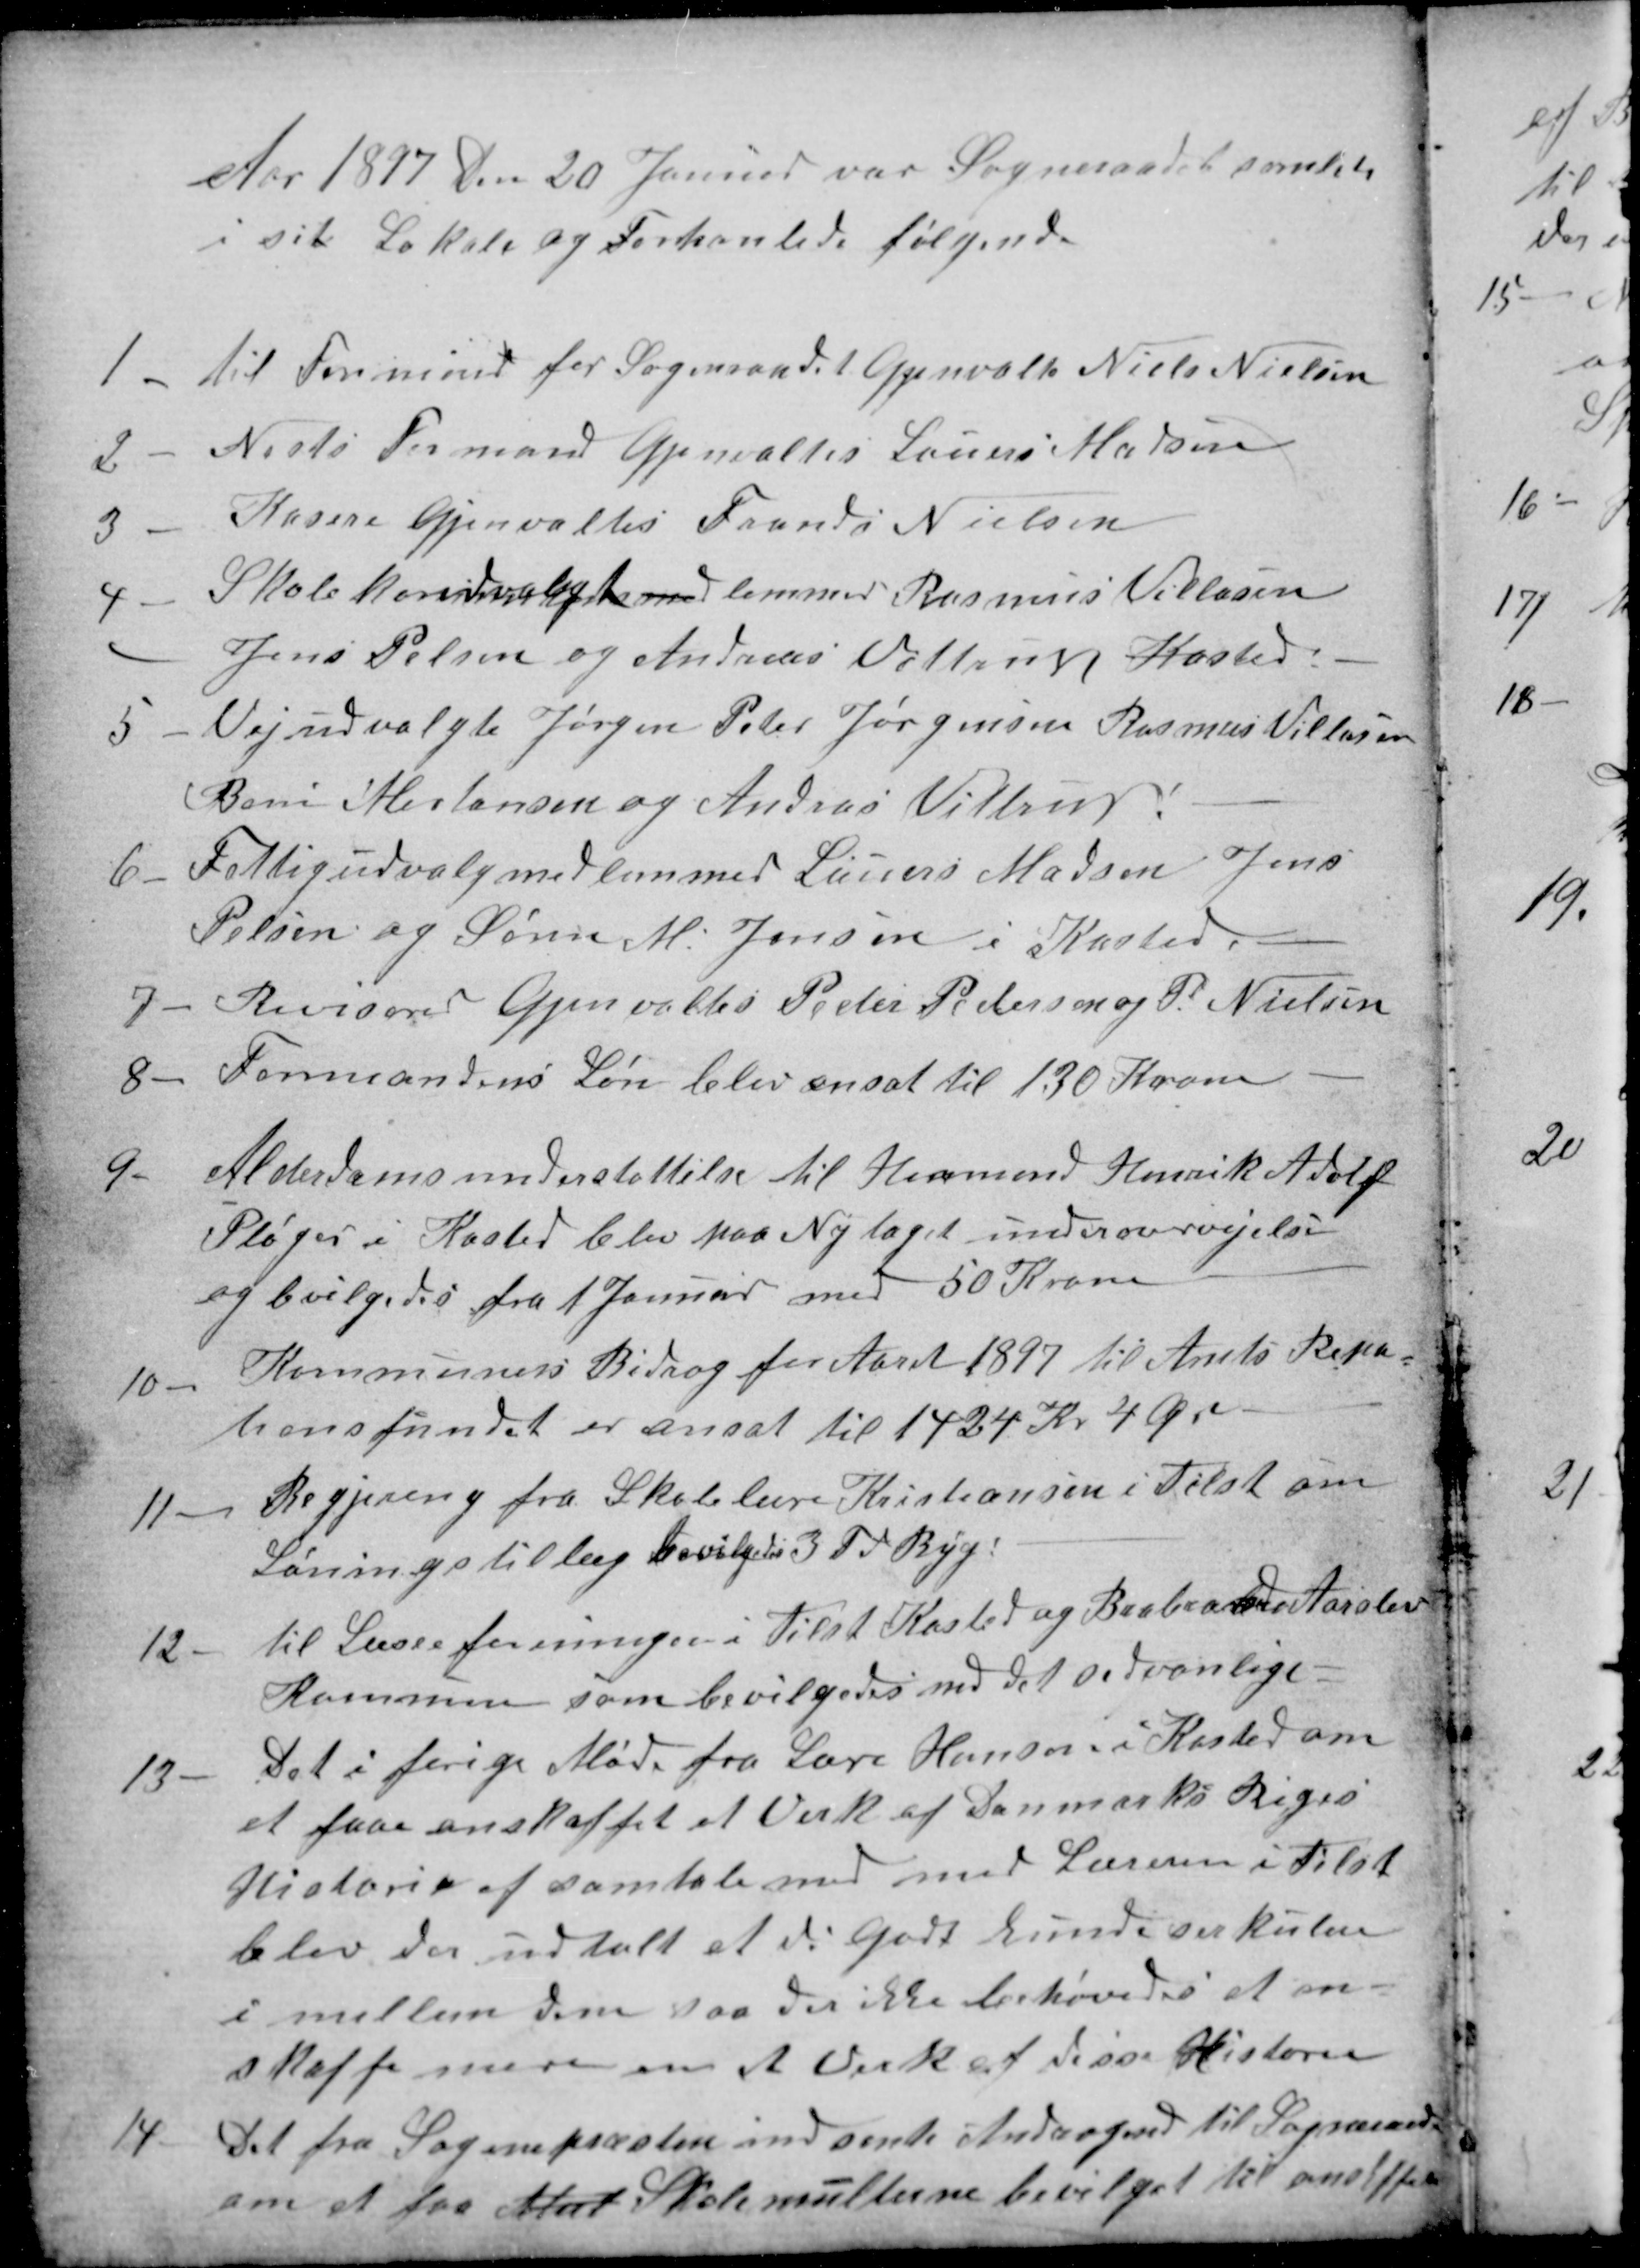
Transskription:
Aar 1897 den 20 Januar var Sogneraadet samlet
i sit Lokale og Forhanlede følgende
1
til Formand for Sogneraadet Gjenvalts Niels Nielsen
2
Nests Formand Gjenvaltes Lauers Madsen
3
Kasere Gjenvaltes Frands Nielsen
4
Skole konudvalgt med lemmer Rasmus Villasen
Jens Pelsen og Andreas Vittrup Kasted.
5
Vejudvalgte Jørgen Peter Jørgensen Rasmus Villasen
Bone Mortensen og Andras Vittrup
6
Fattigudvalgmedlemmer Lauers Madsen Jens
Pelsen og Søren M. Jensen i Kasted.
7
Revisorer Gjenvaltes Peder Pedersen og P. Nielsen
8
Formandens Løn blev ansat til 130 Kroner
9
Alderdomsunderstøttelse til Husmand Henrik Adolf
Pløger i Kasted blev paa Ny taget under overvejelse
og bevilgedes fra 1 Januar med 50 Kroner
10
Kommunens Bidrag for Aaret 1897 til Amts Repa-
tionsfundet er ansat til 1424 Kr 4 Øre
11
Begjering fra Skolelære Kristiansen i Tilst om
Løningstillæg bevilgedes 3 Td Byg!
12.
til Læseforeningen i Tilst Kasted og Brabrand Aarslev
Kommun som bevilgedes med det sedvanlige-
13
Det i forige Møde fra Lære Hansen i Kasted om
at faae anskaffet et Verk af Danmarks Riges
Historie af samtale med med Læreren i Tilst
blev der udtalt at di Godt kunde serkulere
i mellem dem saa der ikke behøvedes at an-
skaffe mere en et Verk af disse Historie
14
Det fra Sognepræsten indsente Andragend til Sogneraad
om at faa Mult Skolemulterne bevilget til anskaffels